Civil Veterinary Dept. Bombay admin report 1900-1906 - 1900-1906
Year: 1900
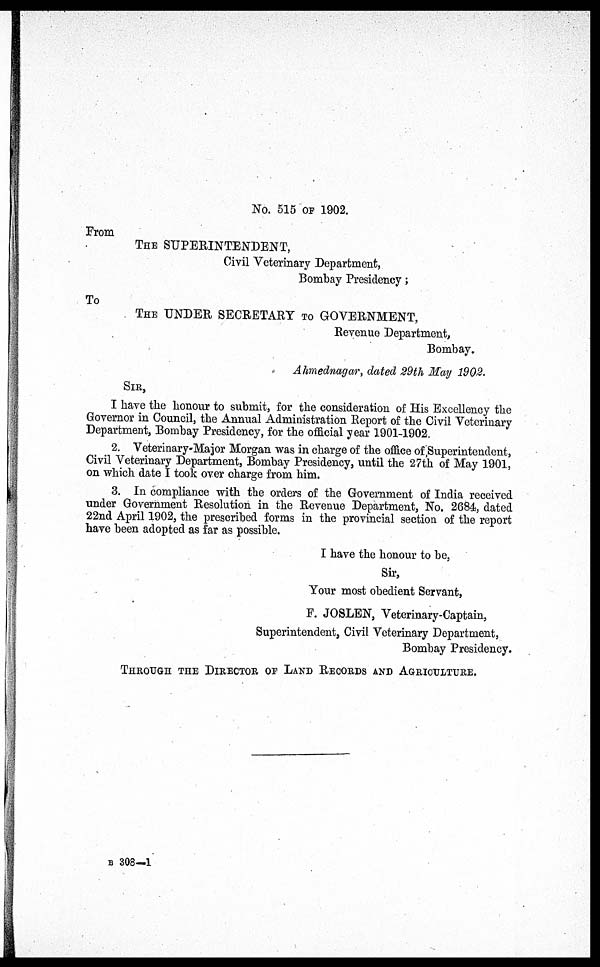
No. 515 OF 1902.
From
THE SUPERINTENDENT,
Civil Veterinary Department,
Bombay Presidency;
To
THE UNDER SECRETARY TO GOVERNMENT,
Revenue Department,
Bombay.
Ahmednagar, dated 29th May 1902.
SIR,
I have the honour to submit, for the consideration of His Excellency the
Governor in Council, the Annual Administration Report of the Civil Veterinary
Department, Bombay Presidency, for the official year 1901-1902.
2. Veterinary-Major Morgan was in charge of the office of Superintendent,
Civil Veterinary Department, Bombay Presidency, until the 27th of May 1901,
on which date I took over charge from him.
3. In compliance with the orders of the Government of India received
under Government Resolution in the Revenue Department, No. 2684, dated
22nd April 1902, the prescribed forms in the provincial section of the report
have been adopted as far as possible.
I have the honour to be,
Sir,
Your most obedient Servant,
F. JOSLEN, Veterinary-Captain,
Superintendent, Civil Veterinary Department,
Bombay Presidency.
THROUGH THE DIRECTOR OF LAND RECORDS AND AGRICULTURE.
B 308—1